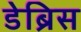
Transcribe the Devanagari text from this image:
डेब्रिस